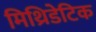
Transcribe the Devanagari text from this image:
मिथ्रिडेटिक